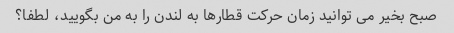
صبح بخیر می توانید زمان حرکت قطارها به لندن را به من بگویید، لطفا؟